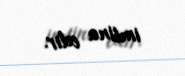
imtina edir.